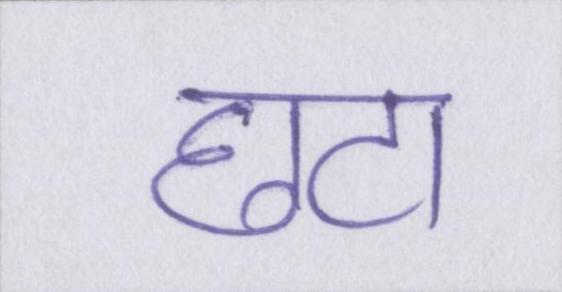
छटा